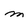
Character: m